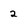
Character: 2